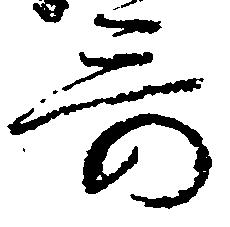
哥